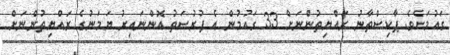
ގައުމަށެވެ. ޕާކިސްތާނު ރައްޔިތުންނަށް 33 ގައުމުން އެ ފުރުސަތު އޮންނައިރު ޔަމަނުގެ ރައްޔިތުންނަށް